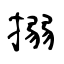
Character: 搦